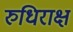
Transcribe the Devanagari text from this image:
रुधिराक्ष